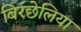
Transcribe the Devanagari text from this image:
बिरछेलिया